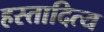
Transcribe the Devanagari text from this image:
हस्तादित्य